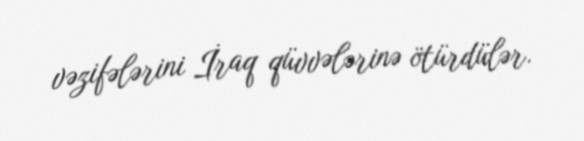
vəzifələrini İraq qüvvələrinə ötürdülər.